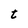
Character: t